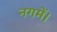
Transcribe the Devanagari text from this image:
नगमें।